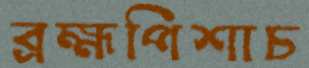
ব্রহ্মপিশাচ